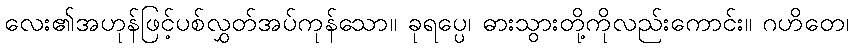
လေး၏အဟုန်ဖြင့်ပစ်လွှတ်အပ်ကုန်သော။ ခုရပ္ပေ၊ ဓားသွားတို့ကိုလည်းကောင်း။ ဂဟိတေ၊